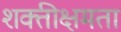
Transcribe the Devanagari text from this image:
शक्तीक्षमता